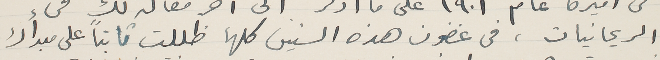
الريحانيات، في غضون هذه السنين كلها ظللت ثابتاً على مبدأك